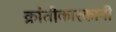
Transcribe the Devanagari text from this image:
क्रांतीकारकानी